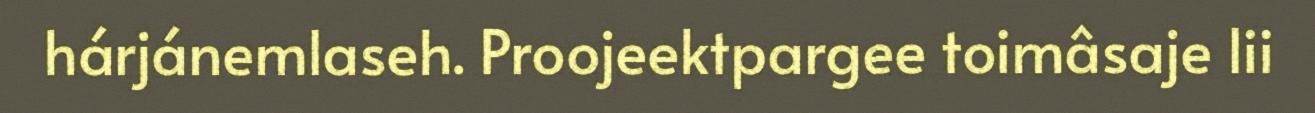
hárjánemlaseh. Proojeektpargee toimâsaje lii